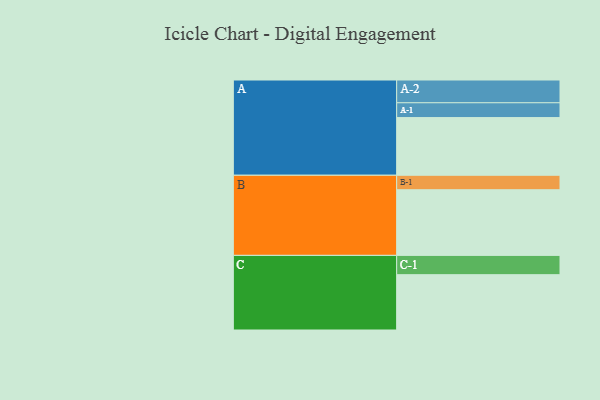
{"axis": {"x": "Segment", "y": "Value"}, "legend": ["", "A", "B", "C"], "data": [{"x": "A", "y": 514, "type": ""}, {"x": "B", "y": 585, "type": ""}, {"x": "C", "y": 493, "type": ""}, {"x": "A-1", "y": 132, "type": "A"}, {"x": "A-2", "y": 203, "type": "A"}, {"x": "B-1", "y": 129, "type": "B"}, {"x": "C-1", "y": 172, "type": "C"}]}